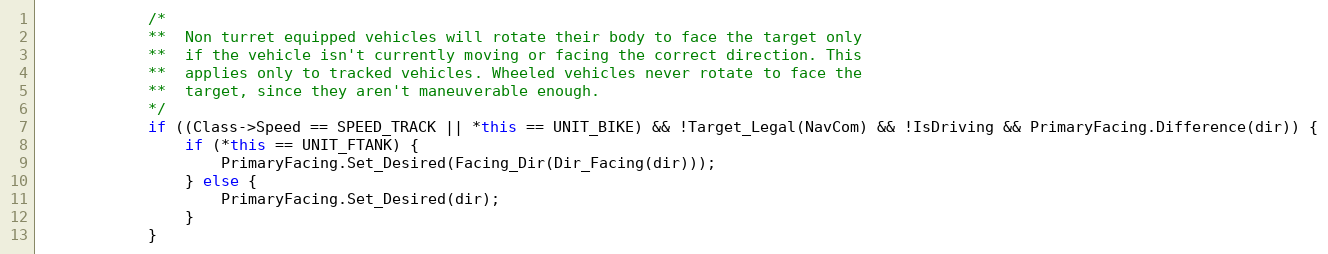
Language: C++
			/*
			**	Non turret equipped vehicles will rotate their body to face the target only
			**	if the vehicle isn't currently moving or facing the correct direction. This
			**	applies only to tracked vehicles. Wheeled vehicles never rotate to face the
			**	target, since they aren't maneuverable enough.
			*/
			if ((Class->Speed == SPEED_TRACK || *this == UNIT_BIKE) && !Target_Legal(NavCom) && !IsDriving && PrimaryFacing.Difference(dir)) {
				if (*this == UNIT_FTANK) {
					PrimaryFacing.Set_Desired(Facing_Dir(Dir_Facing(dir)));
				} else {
					PrimaryFacing.Set_Desired(dir);
				}
			}